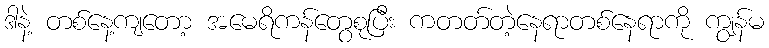
ဒါနဲ့ တစ်နေ့ကျတော့ အမေရိကန်တွေစုပြီး ကတတ်တဲ့နေရာတစ်နေရာကို ကျွန်မ